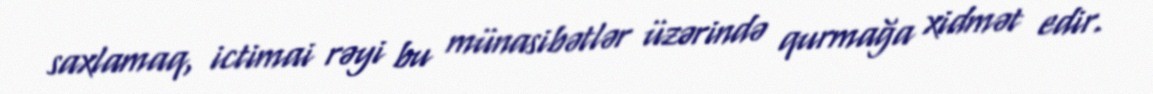
saxlamaq, ictimai rəyi bu münasibətlər üzərində qurmağa xidmət edir.